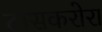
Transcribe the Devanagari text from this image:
टासकरोरा